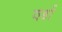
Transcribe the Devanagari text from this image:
वर्डा